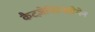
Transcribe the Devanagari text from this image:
कैटज़ेनिल्नबोगेन